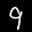
Label: 9